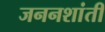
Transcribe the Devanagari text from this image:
जननशांती